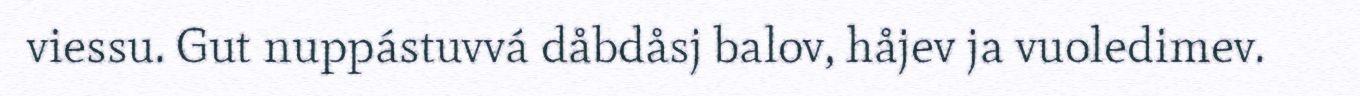
viessu. Gut nuppástuvvá dåbdåsj balov, håjev ja vuoledimev.